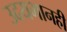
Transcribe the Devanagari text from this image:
उदयभानही